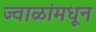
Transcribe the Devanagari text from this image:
ज्वाळांमधून